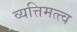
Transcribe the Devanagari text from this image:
व्यत्तिमत्त्व